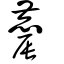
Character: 麎